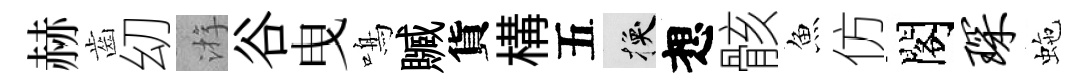
赫齒㓜㳺谷曳鳴贓貨構五换想骸魚仿閣琛虵